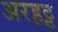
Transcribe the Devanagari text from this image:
अरहट्ट